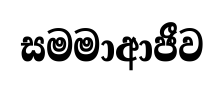
සමමාආජීව